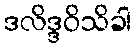
ဒလိဒ္ဒဝိသိခါ